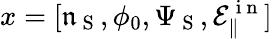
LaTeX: x=[\mathfrak{n}_{\mathrm{~S~}},\phi_{0},{\Psi}_{\mathrm{~S~}},\mathcal{E}_{\| }^{\mathrm{~i~n~}}]